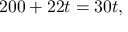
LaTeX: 2 0 0 + 2 2 t = 3 0 t ,